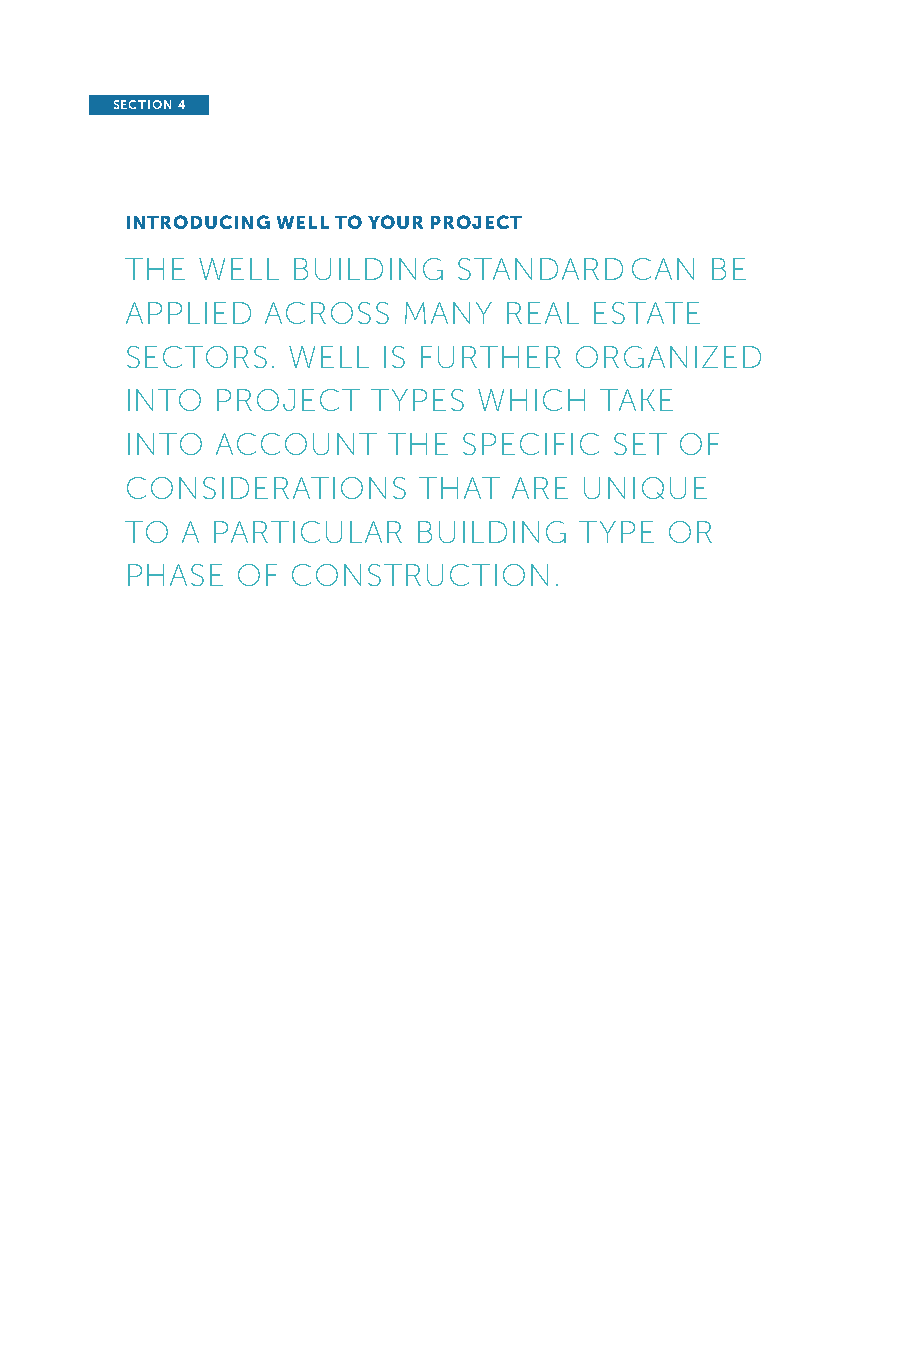
SECTION 4
 INTRODUCING WELL TO YOUR PROJECT
 THE  WELL  BUILDING   STANDARD    CAN  BE
 APPLIED   ACROSS   MANY  REAL  ESTATE
 SECTORS.   WELL  IS FURTHER   ORGANIZED
 INTO  PROJECT    TYPES  WHICH   TAKE
 INTO  ACCOUNT     THE SPECIFIC  SET  OF
 CONSIDERATIONS      THAT  ARE UNIQUE
 TO  A PARTICULAR   BUILDING   TYPE  OR
 PHASE   OF CONSTRUCTION.